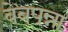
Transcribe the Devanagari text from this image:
वेबपन्ना